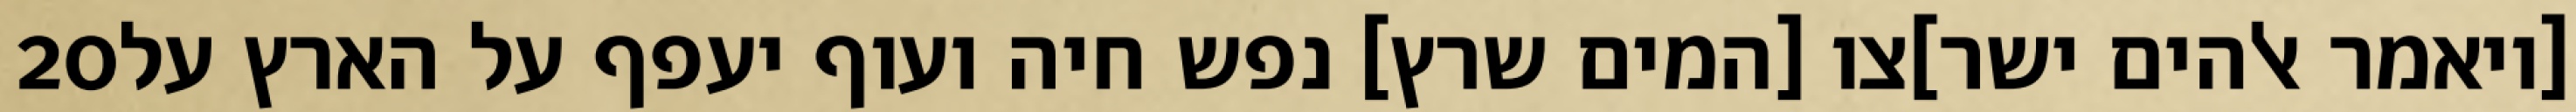
‎20‏ [ויאמר אלהים ישר]צו [המים שרץ] נפש חיה ועוף יעפף על הארץ על